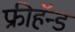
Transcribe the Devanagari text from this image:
फ्रीहॅन्ड